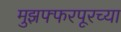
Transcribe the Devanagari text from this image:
मुझफ्फरपूरच्या